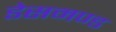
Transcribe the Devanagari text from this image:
डेसमण्ड